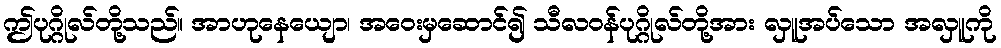
ဤပုဂ္ဂိုလ်တို့သည်။ အာဟုနေယျော၊ အဝေးမှဆောင်၍ သီလဝန်ပုဂ္ဂိုလ်တို့အား လှူအပ်သော အလှူကို